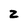
Character: 2